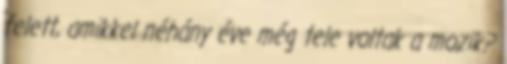
felett, amikkel néhány éve még tele voltak a mozik?